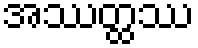
အဿတ္ထဿ